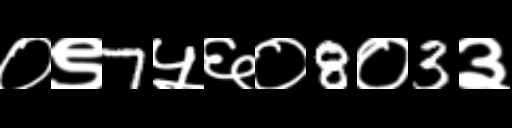
Text: ०९7५६०8०3३